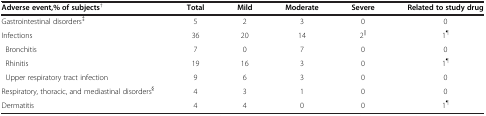
<table><thead><tr><td><b>Adverse event,% of subjects<sup>†</sup></b></td><td><b>Total</b></td><td><b>Mild</b></td><td><b>Moderate</b></td><td><b>Severe</b></td><td><b>Related to study drug</b></td></tr></thead><tbody><tr><td>Gastrointestinal disorders<sup>‡</sup></td><td>5</td><td>2</td><td>3</td><td>0</td><td>0</td></tr><tr><td>Infections</td><td>36</td><td>20</td><td>14</td><td>2<sup>||</sup></td><td>1<sup>¶</sup></td></tr><tr><td> Bronchitis</td><td>7</td><td>0</td><td>7</td><td>0</td><td>0</td></tr><tr><td> Rhinitis</td><td>19</td><td>16</td><td>3</td><td>0</td><td>1<sup>¶</sup></td></tr><tr><td> Upper respiratory tract infection</td><td>9</td><td>6</td><td>3</td><td>0</td><td>0</td></tr><tr><td>Respiratory, thoracic, and mediastinal disorders<sup>§</sup></td><td>4</td><td>3</td><td>1</td><td>0</td><td>0</td></tr><tr><td>Dermatitis</td><td>4</td><td>4</td><td>0</td><td>0</td><td>1<sup>¶</sup></td></tr></tbody></table>